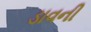
ડાવની